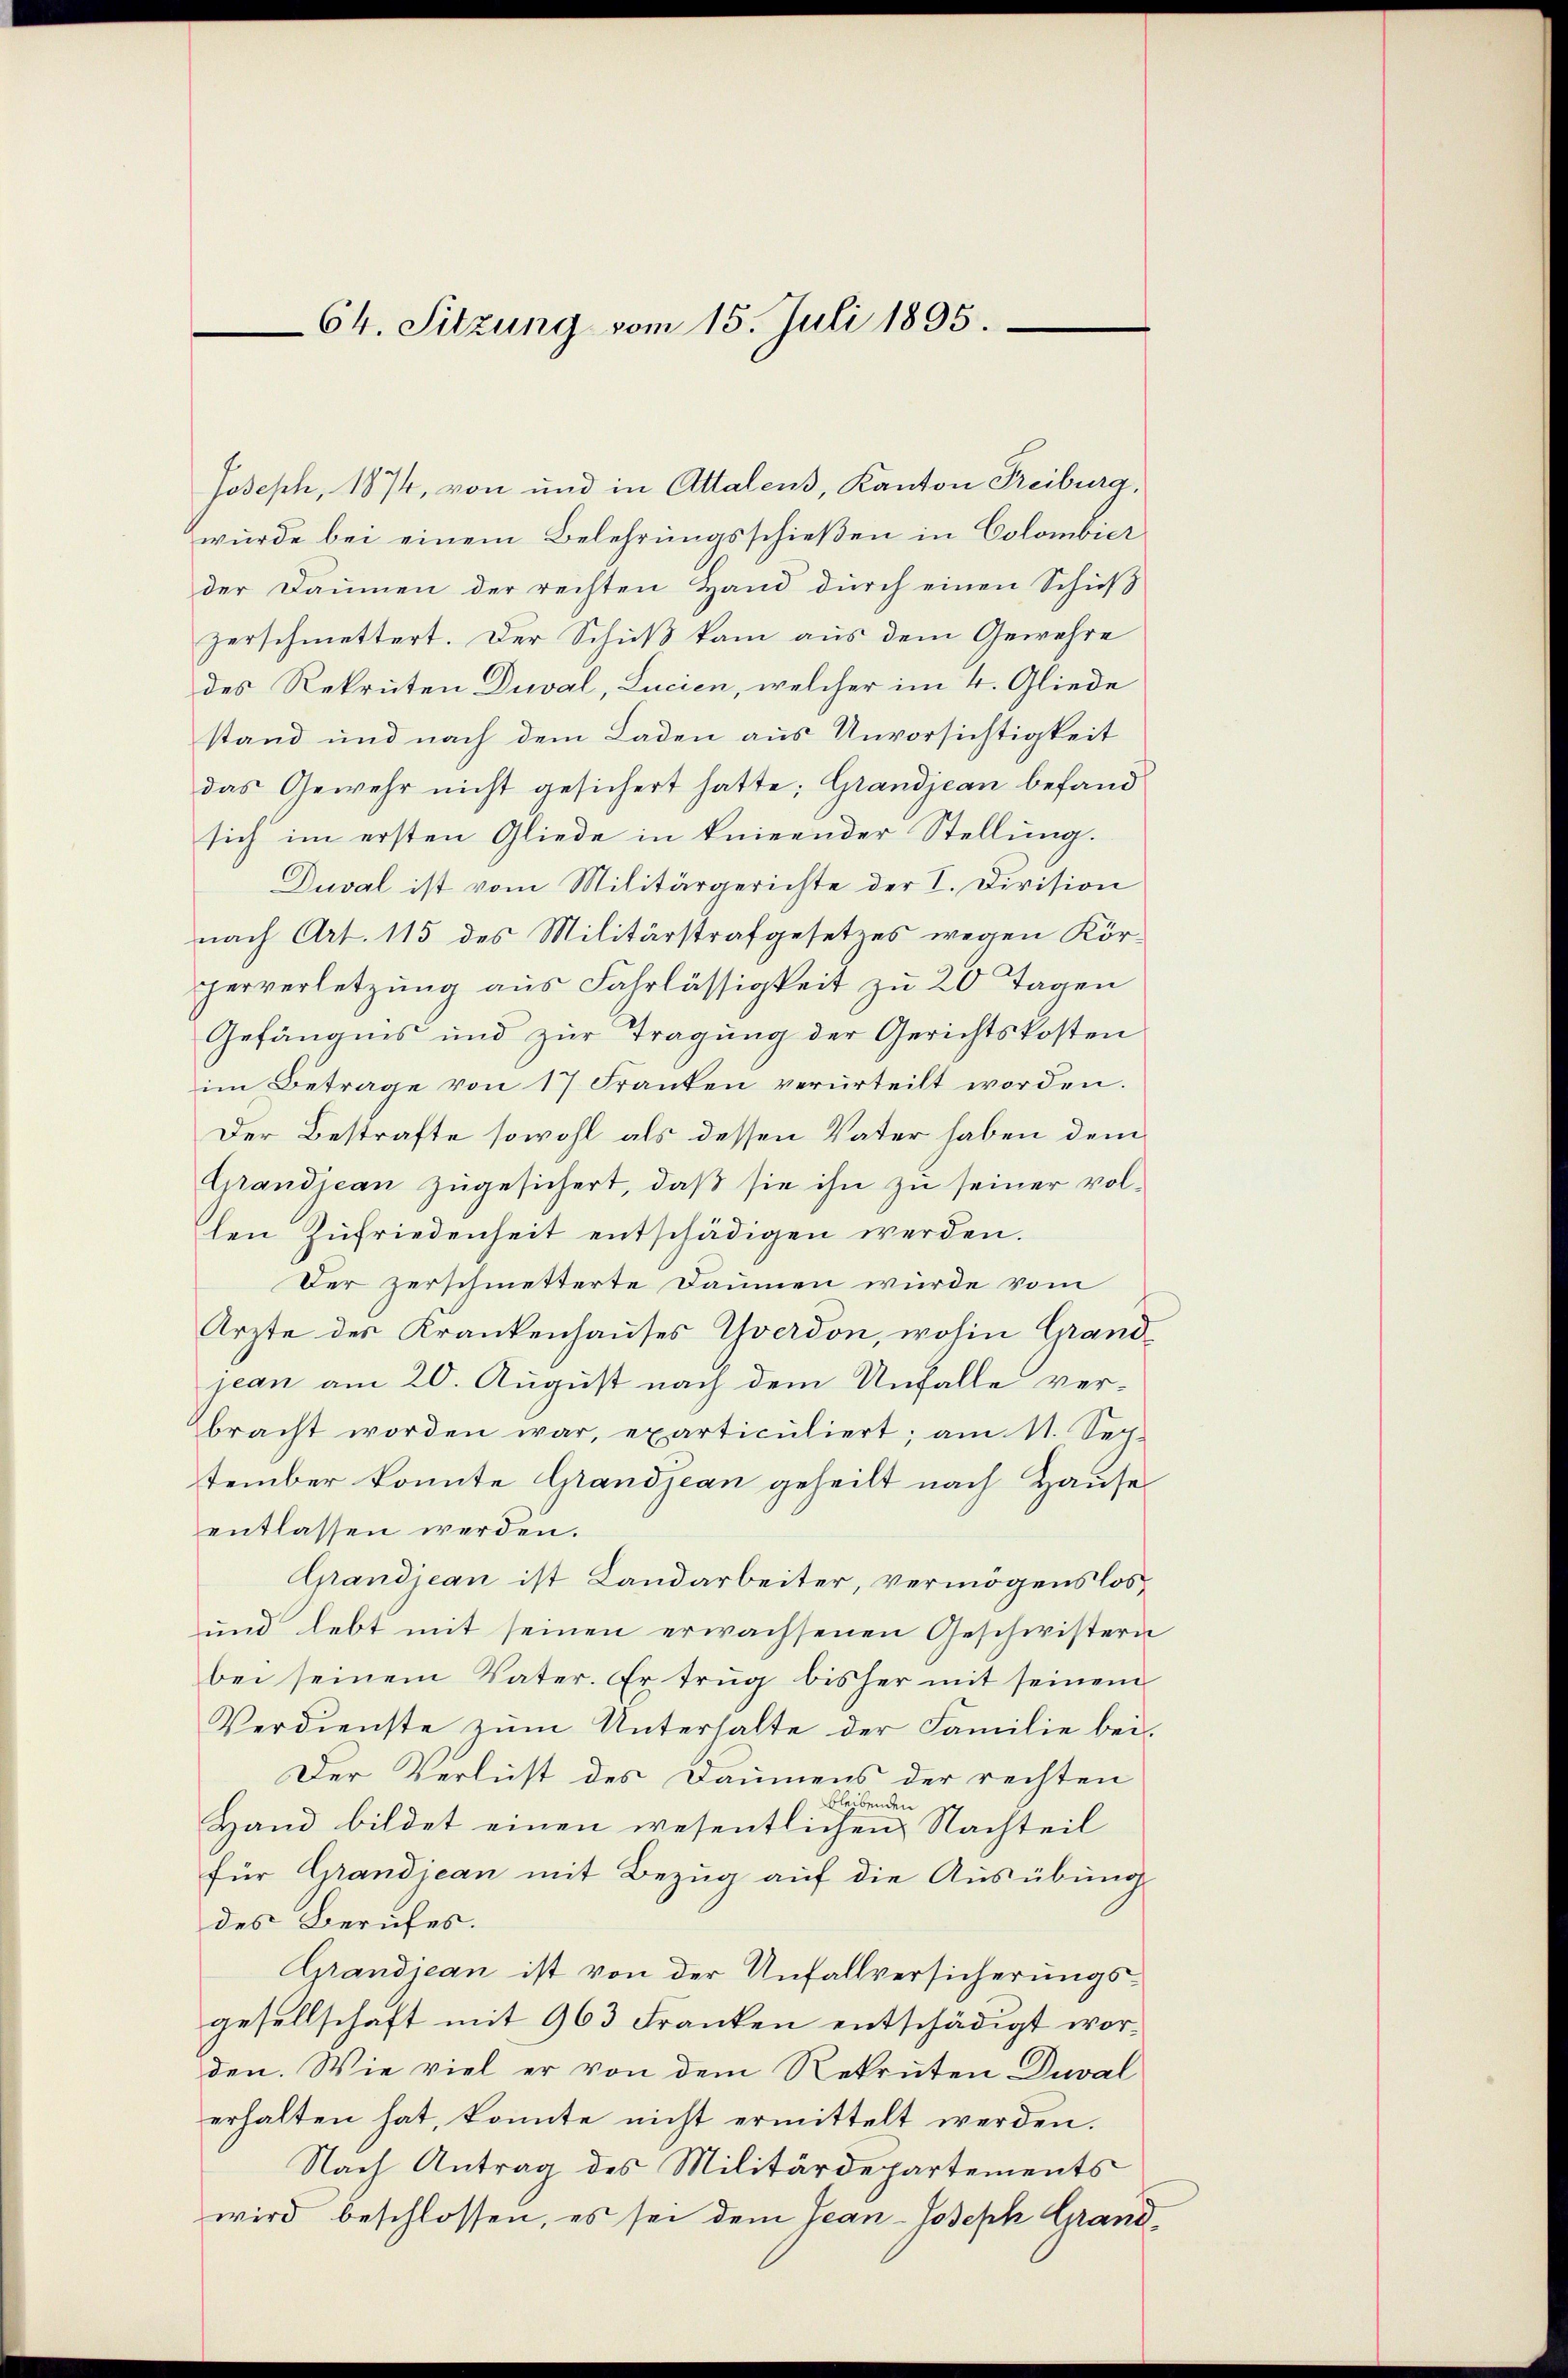
Joseph, 1874, von und in Attalens, Kanton Freiburg,
wurde bei einem Belehrungsschießen in Colombier
der Daumen der rechten Hand dŭrch einen Schieβ
zerschmettert. Der Schuß kam aus dem Gewehre
des Rekruten Diwal, Lucien, welcher im 4. Gliede
stand und nach dem Laden aus Unvorsichtigkeit
das Gewehr nicht gesichert hatte; Grandjean befand
sich im ersten Gliede in knieender Stellung.
Duval ist vom Militärgerichte der I. Division
nach Art. 115 des Militärstrafgesetzes wegen Körperverletzung aus Fahrlässigkeit zu 20 Tagen
Gefängnis und zur Tragung der Gerichtskosten
im Betrage von 17 Franken verurteilt worden.
Der Bestrafte sowohl als dessen Vater haben dem
Grandjean zŭgesichert, daβ sie ihn zu seiner vollen Zufriedenheit entschädigen werden.
Der zerschmetterte Daumen würde vom
Ärzte des Krankenhauses Yverdon, wohin Grandjean am 20. August nach dem Unfalle verbracht worden war, exarticuliert; am 11. Sech.
tember konnte Grandjean geheilt nach Hause
entlassen werden.
Gandjean ist Landarbeiter, vermögenslos,
und lebt mit seinen erwachsenen Geschwistern
bei seinem Vater. Er trug bisher mit seinem
Verdienste zŭm Unterhalte der Familie bei
Der Verlust des Daumens der rechten
leibenden
Hand bildet einen wesentlichen Nachteil
für Grandjean mit Bezug auf die Ausübung
des Berufes.
Grandjean ist von der Unfallversicherungsgesellschaft mit 963 Franken entschädigt worden. Wie viel er von dem Rekruten Duval
erhalten hat, konnte nicht ermittelt werden.
Nach Antrag des Militärdepartements
wird beschlossen, es sei dem Jean-Joseph Grand

64. Sitzung vom 15. Juli 1895.